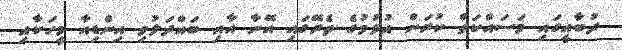
ދުބާއީގައި މަސައްކަތް ކުރަން އުޅުމުގެ ތެރޭގައި އޭނާ އާއި ބައްދަލުވި އިންޑިއާ މީހަކާއި